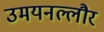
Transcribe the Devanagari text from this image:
उमयनल्लौर